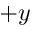
+ y